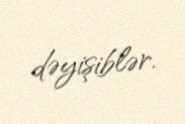
dəyişiblər.